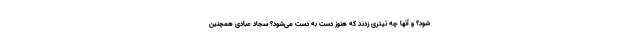
شود؟ و آنها چه تیتری زدند که هنوز دست به دست می‌شود؟ سجاد عبادی همچنین